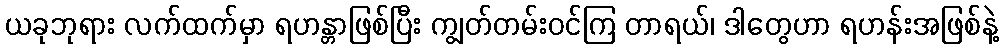
ယခုဘုရား လက်ထက်မှာ ရဟန္တာဖြစ်ပြီး ကျွတ်တမ်းဝင်ကြ တာရယ်၊ ဒါတွေဟာ ရဟန်းအဖြစ်နဲ့